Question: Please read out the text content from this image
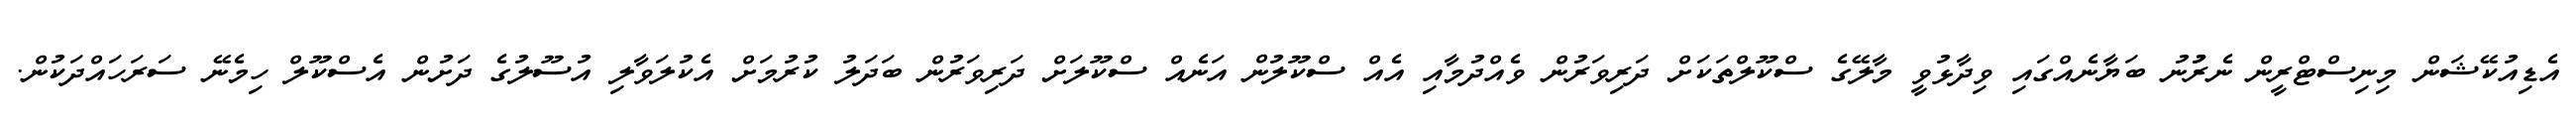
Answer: އެޑިއުކޭޝަން މިނިސްޓްރީން ނެރުުނު ބަޔާނެއްގައި ވިދާޅުވީ މާލޭގެ ސްކޫލްތަކަށް ދަރިވަރުން ވެއްދުމާއި އެއް ސްކޫލުން އަނެއް ސްކޫލަށް ދަރިވަރުން ބަދަލު ކުރުމަށް އެކުލަވާލި އުސޫލުގެ ދަށުން އެސްކޫލް ހިމެނޭ ސަރަހައްދަކުން.